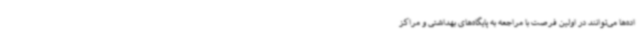
اده‌ها می‌توانند در اولین فرصت با مراجعه به پایگاه‌های بهداشتی و مراکز